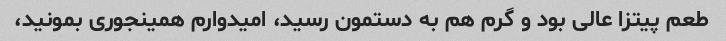
طعم پیتزا عالی بود و گرم هم به دستمون رسید، امیدوارم همینجوری بمونید،